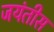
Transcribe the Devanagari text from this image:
जयंतीस